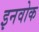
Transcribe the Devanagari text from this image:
इनवोक